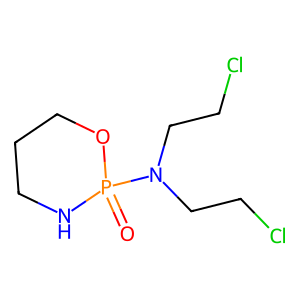
SMILES: O=P1(N(CCCl)CCCl)NCCCO1
Inhibits HIV replication: No